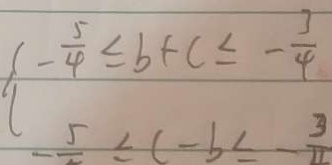
- \frac { 5 } { 4 } \leq b + c \leq - \frac { 3 } { 4 }